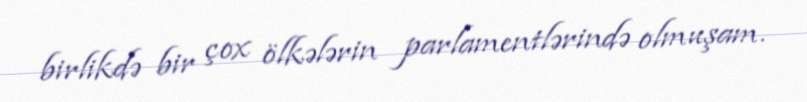
birlikdə bir çox ölkələrin parlamentlərində olmuşam.